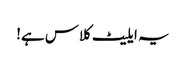
یہ ایلیٹ کلاس ہے!